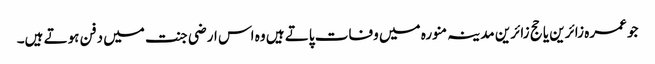
جو عمرہ زائرین یا حج زائرین مدینہ منورہ میں وفات پاتے ہیں وہ اس ارضی جنت میں دفن ہوتے ہیں۔